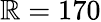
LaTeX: \mathbb{R}=170